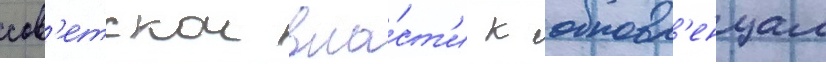
сов'етскои вла́ст'и к обновл'енцам